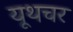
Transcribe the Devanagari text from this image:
यूथचर